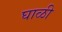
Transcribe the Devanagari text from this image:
घाळी